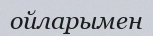
ойларымен